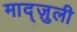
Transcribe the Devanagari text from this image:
माद्ज़ुली